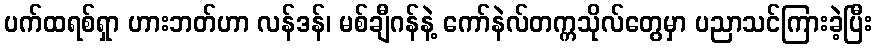
ပက်ထရစ်ရှာ ဟားဘတ်ဟာ လန်ဒန်၊ မစ်ချီဂန်နဲ့ ကော်နဲလ်တက္ကသိုလ်တွေမှာ ပညာသင်ကြားခဲ့ပြီး